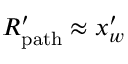
R _ { \mathrm { { p a t h } } } ^ { \prime } \approx x _ { w } ^ { \prime }